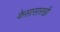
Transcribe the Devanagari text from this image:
केसासारखी